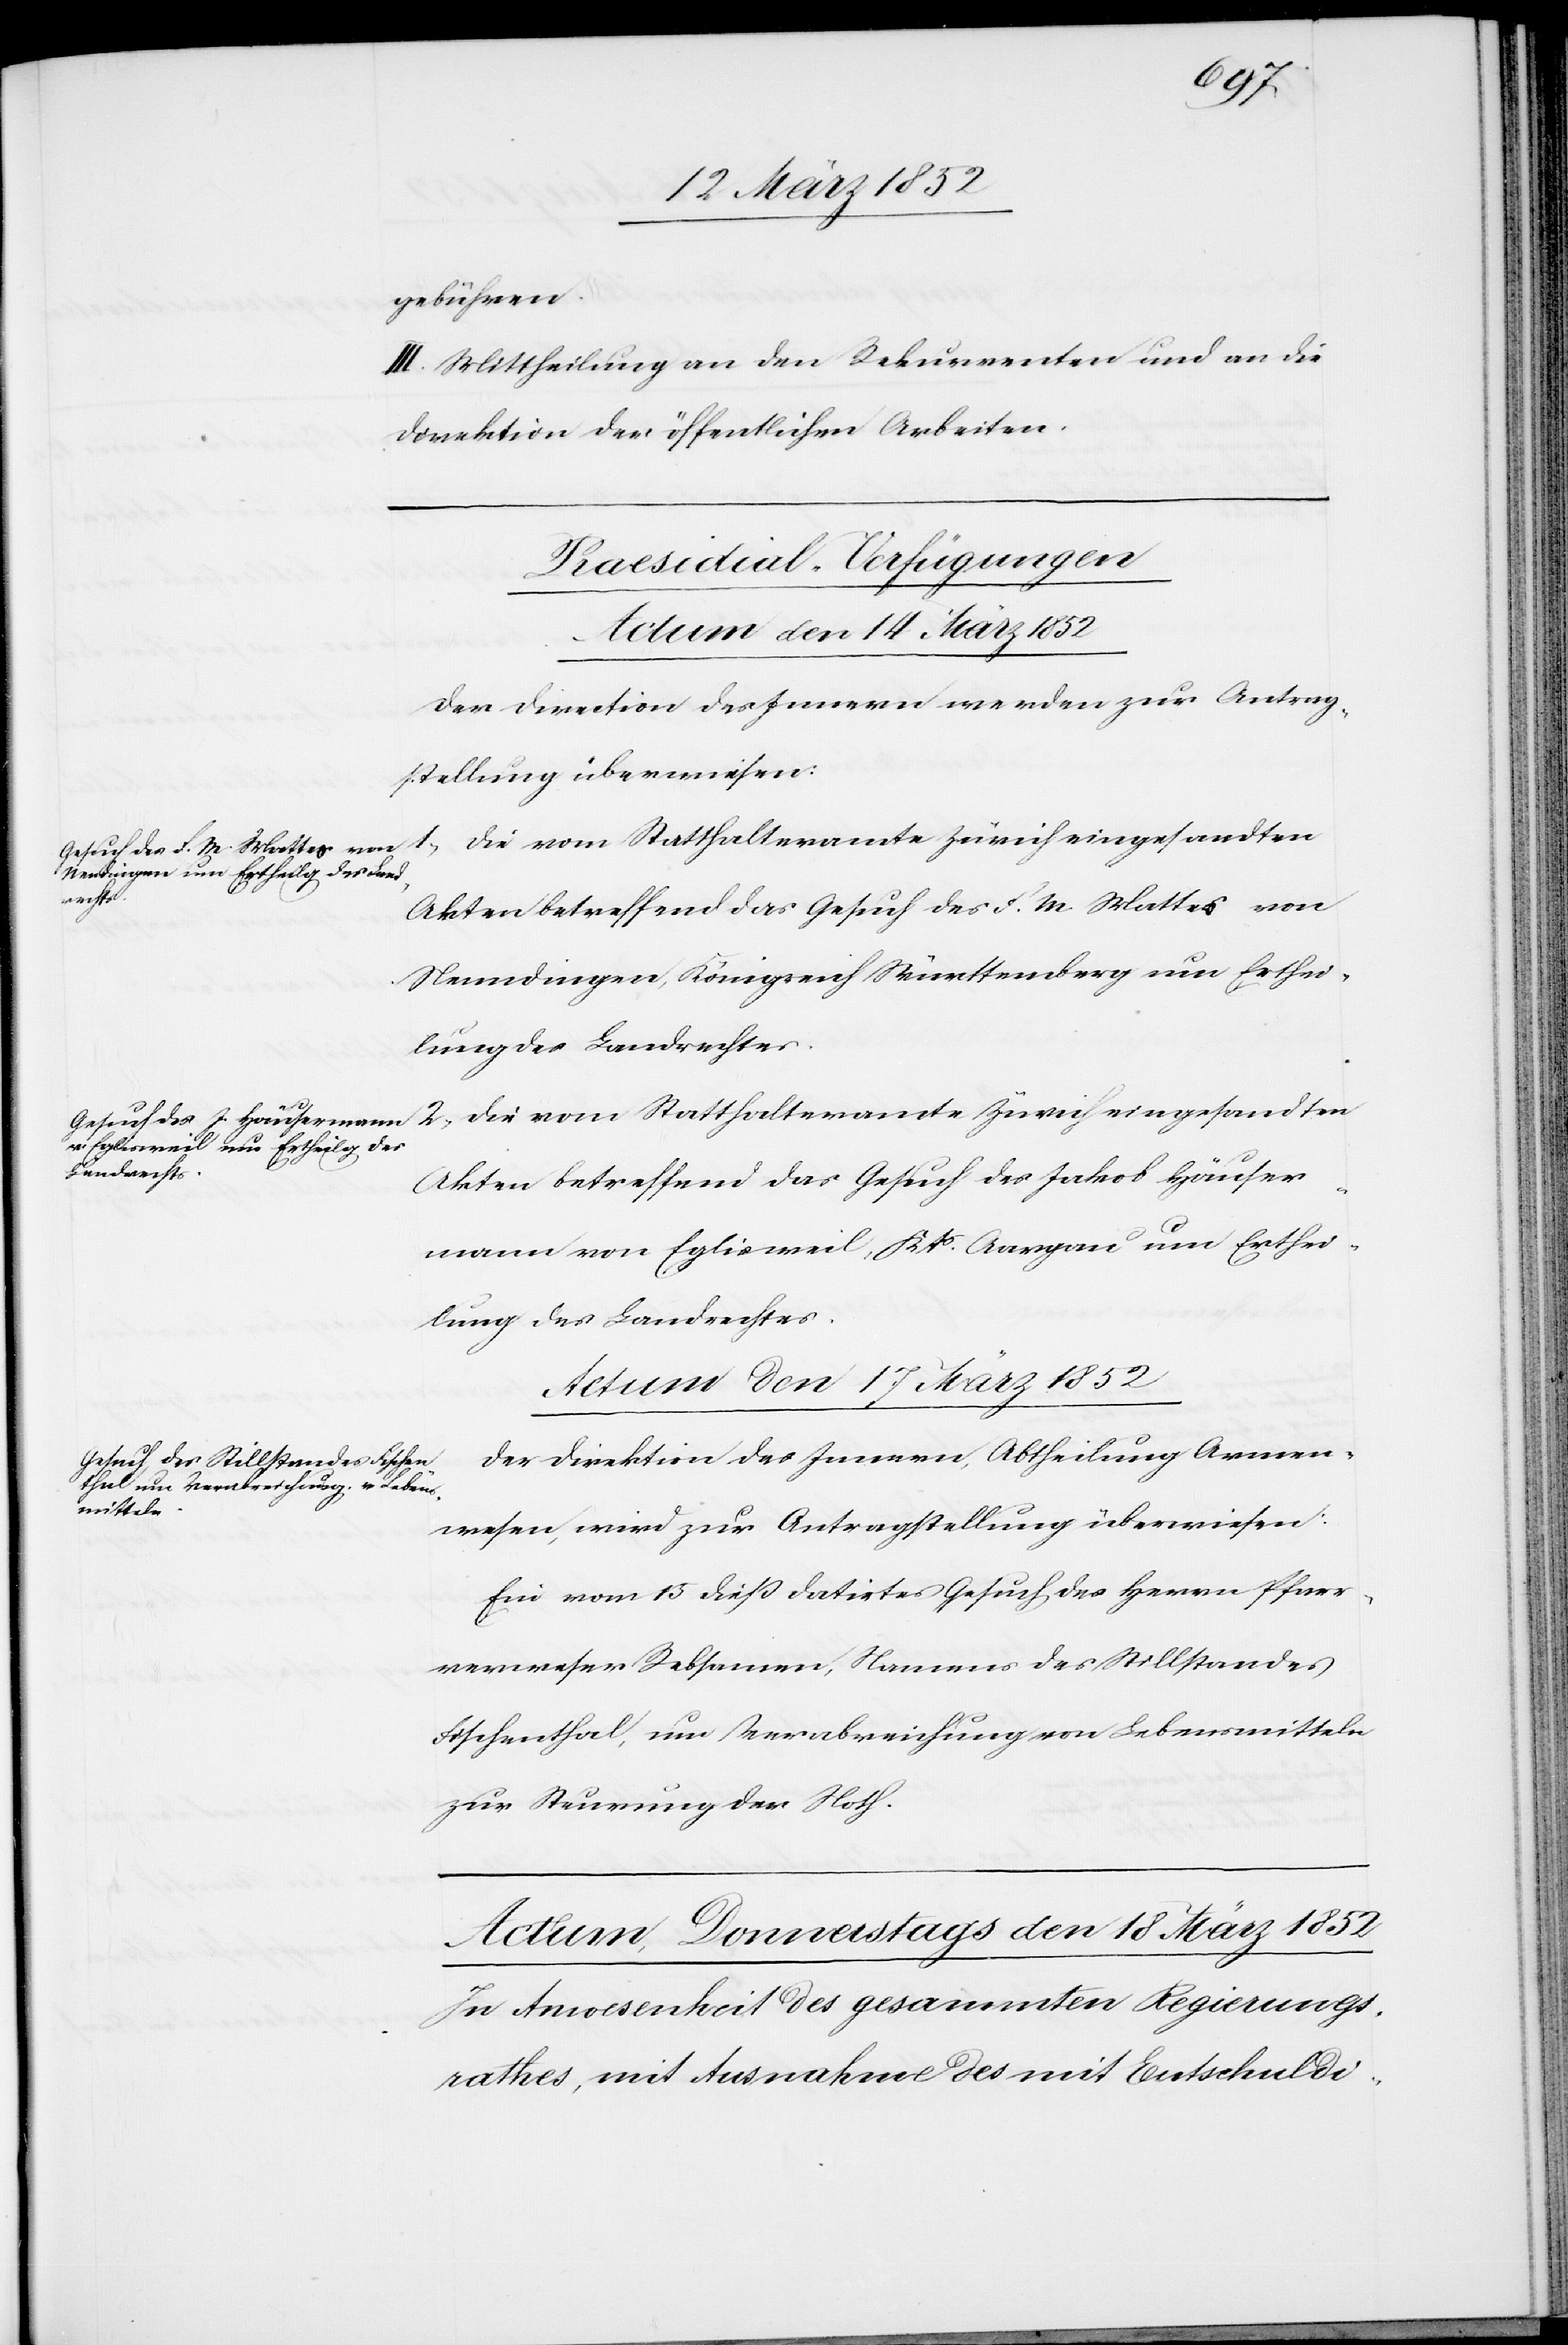
gebühren.
III. Mittheilung an den Rekurrenten und an die
Direktion der öffentlichen Arbeiten.
[Praesidial-Verfügungen]
Actum den 14. März 1852]
Der Direction des Innern werden zur Antrag¬
stellung überwiesen:
1.) Die vom Statthalteramte Zürich eingesandten
Akten betreffend das Gesuch des F. M Mattes von
Nenndingen, Königreich Württemberg um Erthei¬
lung des Landrechtes.
2.) Die vom Statthalteramte Zürich eingesandten
Akten betreffend das Gesuch des Jakob Häuser¬
mann von Eglisweil, Kts Aargau um Erthei¬
lung des Landrechtes.
Actum den 17 März 1852
Der Direktion des Innern, Abtheilung Armen¬
wesen, wird zur Antragstellung überweisen:
Ein vom 15 dieß datirtes Gesuch des Herrn Pfarr¬
verweser Rebsamen, Namens des Stillstandes
Fischenthal, um Verabreichung von Lebensmitteln
zur Steurung der Noth.